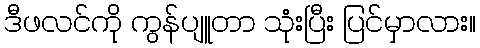
ဒီဖလင်ကို ကွန်ပျူတာ သုံးပြီး ပြင်မှာလား။